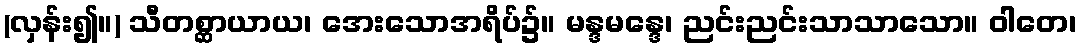
(လှန်း၍။) သီတစ္ဆာယာယ၊ အေးသောအရိပ်၌။ မန္ဒမန္ဒေ၊ ညင်းညင်းသာသာသော။ ဝါတေ၊